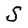
Character: S